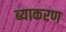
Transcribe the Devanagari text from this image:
ब्याकरण